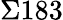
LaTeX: \Sigma 183